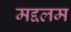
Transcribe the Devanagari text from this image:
मद्दलम